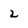
Character: 2